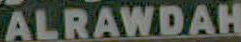
ALRAWDAH